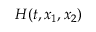
H ( t , x _ { 1 } , x _ { 2 } )